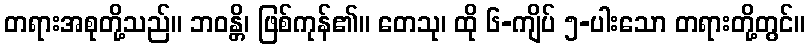
တရားအစုတို့သည်။ ဘဝန္တိ၊ ဖြစ်ကုန်၏။ တေသု၊ ထို ၆-ကျိပ် ၅-ပါးသော တရားတို့တွင်။